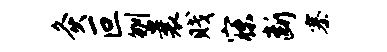
灸叵刎曩贱寐断寨